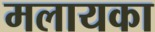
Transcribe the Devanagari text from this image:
मलायका